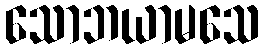
သောဘယာမသေ